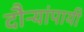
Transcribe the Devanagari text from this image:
दौऱ्यांपायी